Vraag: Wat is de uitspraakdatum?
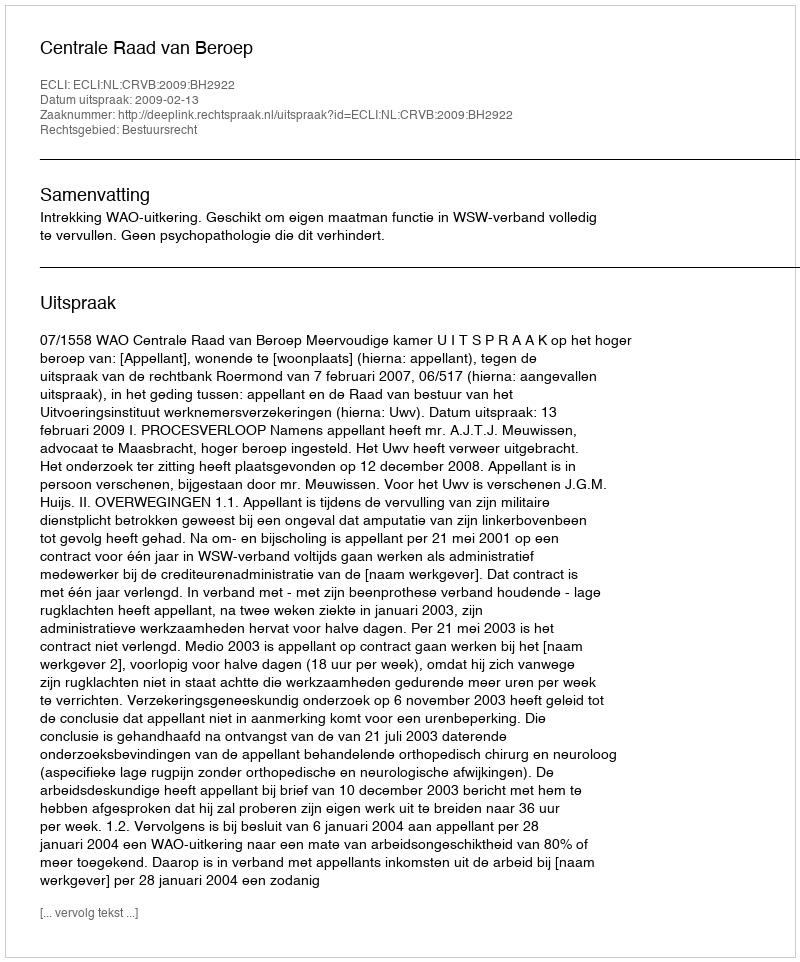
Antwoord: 2009-02-13